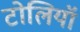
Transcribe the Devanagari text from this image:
टोलियॉ